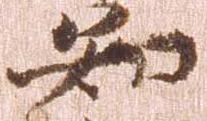
知